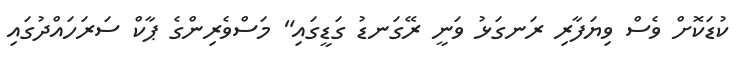
ކުޑަކޮށް ވެސް ވިޔަފާރި ރަނގަޅު ވަނީ ރޭގަނޑު ގަޑީގައި" މަސްވެރިންގެ ޕާކް ސަރަހައްދުގައި